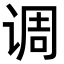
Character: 调